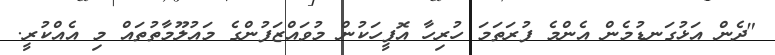
"ދެން އަޅުގަނޑުމެން އެންމެ ފުރަތަމަ ހުރިހާ އޮފީހަކުން މުވައްޒަފުންގެ މައުލޫމާތުތައް މި އެއްކުރީ.